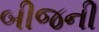
બીજની